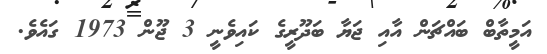
އަމީތާބް ބައްޗަން އާއި ޖަޔާ ބަދޫރީގެ ކައިވެނީ 3 ޖޫން 1973 ގައެވެ.